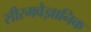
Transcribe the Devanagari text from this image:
सीरमवैज्ञानिक